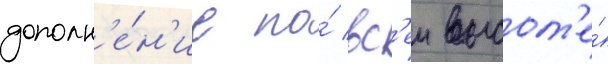
дополн'е́н'ие по́ вс'еи высот'е́